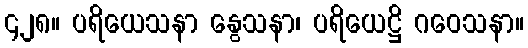
၄၂၈။ ပရိယေသနာ နွေသနာ၊ ပရိယေဋ္ဌိ ဂဝေသနာ။